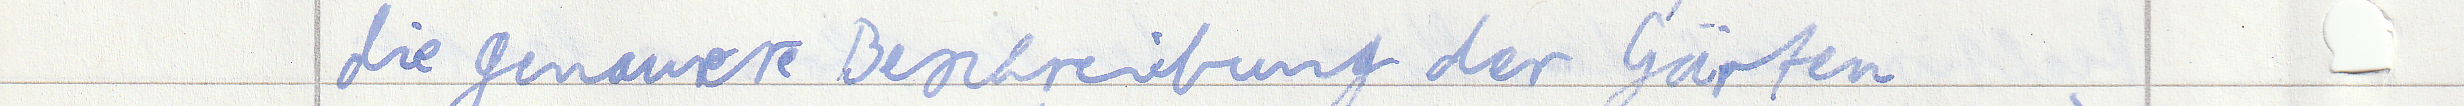
die genauere Beschreibung der Gärten